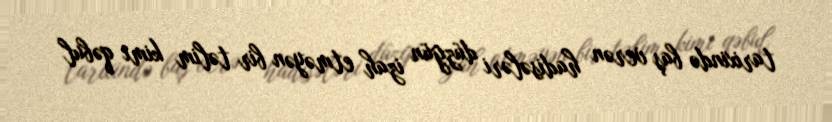
tarixində baş verən hadisələri düzgün izah etməyən bir təlim kimi qəbul